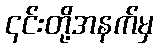
၎င်းတို့အနက်မှ